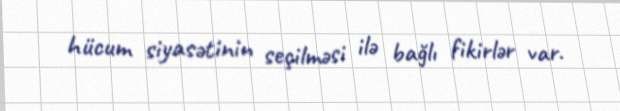
hücum siyasətinin seçilməsi ilə bağlı fikirlər var.